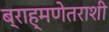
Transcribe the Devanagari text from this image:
ब्राह्मणेतराशी